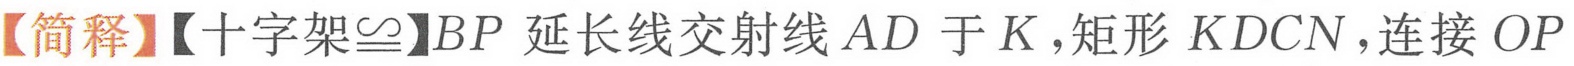
【简释】【十字架$\cong$】$BP$延长线交射线$AD$于$K$,矩形$K DCN$,连接$OP$